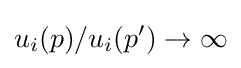
u_{i}(p)/u_{i}(p')\to \infty